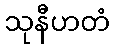
သုနီဟတံ